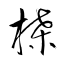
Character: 楪